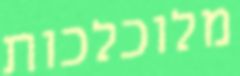
מלוכלכות